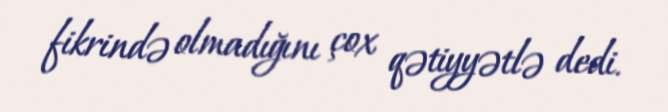
fikrində olmadığını çox qətiyyətlə dedi.